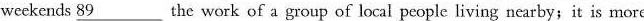
weekends \underline{89} the work of a group of local people living ncarby;it is more